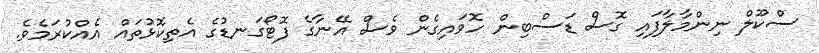
ސްކޫލް ނިންމާލާފައި ގޮސް ޑަސްބިން ހޮވައިގެން ވެސް އޭނާގެ ފޮޓޯގަނޑުގެ އެތިކޮޅުތައް އެއްކުރަމެވެ.